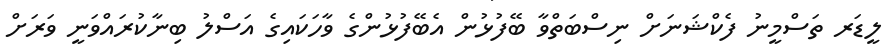
ލީޑަރ ތަސްމީނު ފެކްޝަނަށް ނިސްބަތްވާ ބޭފުޅުން އެބޭފުޅުންގެ ވާހަކައިގެ އަސްލު ބިނާކުރައްވަނީ ވަރަށް